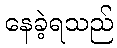
နေခဲ့ရသည်